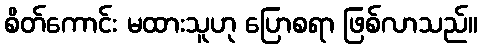
စိတ်ကောင်း မထားသူဟု ပြောစရာ ဖြစ်လာသည်။